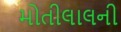
મોતીલાલની